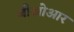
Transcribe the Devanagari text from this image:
जीओआर